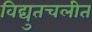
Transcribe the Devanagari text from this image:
विद्युतचलीत